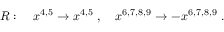
R : \quad x ^ { 4 , 5 } \to x ^ { 4 , 5 } \ , \quad x ^ { 6 , 7 , 8 , 9 } \to - x ^ { 6 , 7 , 8 , 9 } \ .